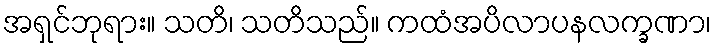
အရှင်ဘုရား။ သတိ၊ သတိသည်။ ကထံအပိလာပနလက္ခဏာ၊